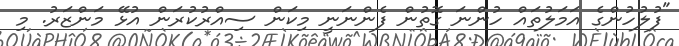
"ފުލުހުންގެ އަމަލުތައް ހުންނަ ގޮތުން ފެންނަނީ މިކަން ސިއްރުކުރަން އުޅޭ މަންޒަރު. މި